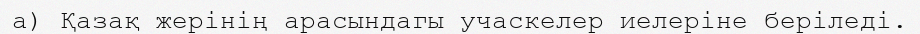
а) Қазақ жерінің арасындагы учаскелер иелеріне беріледі.